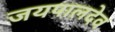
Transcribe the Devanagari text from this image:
जयपालदेव